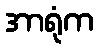
အာရုံက